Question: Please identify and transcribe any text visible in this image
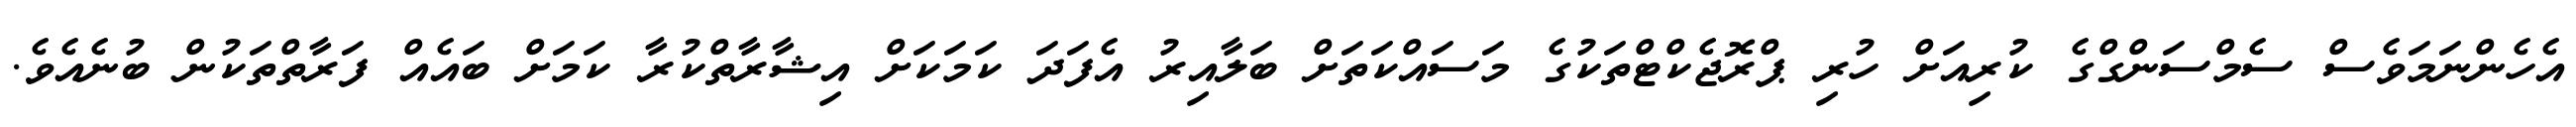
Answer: އެހެންނަމަވެސް ސެމްސަންގްގެ ކުރިއަށް ހުރި ޕްރޮޖެކްޓްތަކުގެ މަސައްކަތަށް ބަލާއިރު އެފަދަ ކަމަކަށް އިޝާރާތްކުރާ ކަމަށް ބައެއް ފަރާތްތަކުން ބުނެއެވެ.